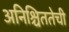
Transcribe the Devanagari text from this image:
अनिश्चिततेची